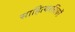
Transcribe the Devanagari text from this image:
साहित्यरसिकों